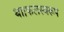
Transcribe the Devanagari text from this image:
था।फलस्वरूप